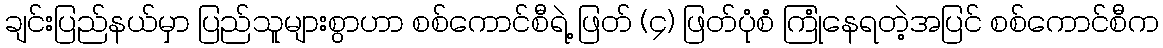
ချင်းပြည်နယ်မှာ ပြည်သူများစွာဟာ စစ်ကောင်စီရဲ့ ဖြတ် (၄) ဖြတ်ပုံစံ ကြုံနေရတဲ့အပြင် စစ်ကောင်စီက